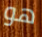
هو